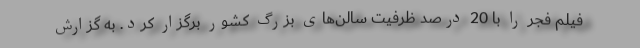
فیلم فجر را با 20 درصد ظرفیت سالن‌های بزرگ کشور برگزار کرد. به گزارش